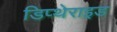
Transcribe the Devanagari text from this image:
डिप्थेराइड